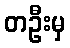
တဦးမှ